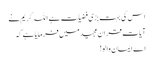
اس کی بہت بڑی فضیلت ہے اللہ کریم نے
آیاتِ قران مجیدمیں فرمایا ہے کہ
اے ایمان والو!